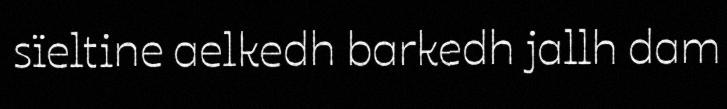
sïeltine aelkedh barkedh jallh dam